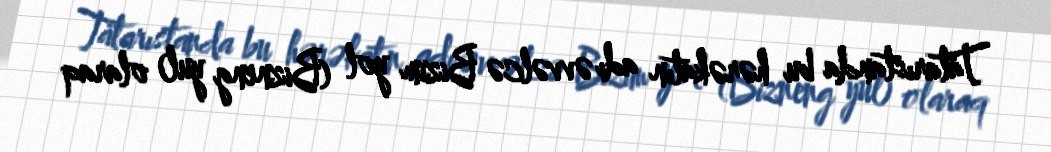
Tatarıstanda bu hərəkatın adı əvvəlcə Bizim yol (Bizneng yul) olaraq